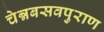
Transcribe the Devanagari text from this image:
चेन्नबसवपुराण